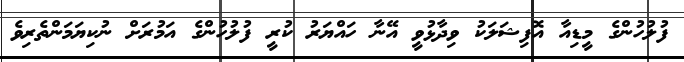
ފުލުހުންގެ މީޑިއާ އޮފިޝަލަކު ވިދާޅުވީ އޭނާ ހައްޔަރު ކުރީ ފުލުހުންގެ އަމުރަށް ނުކިޔަމަންތެރިވެ